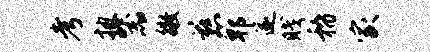
考披器徵慈郫遂贱稽家